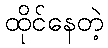
ထိုင်နေတဲ့